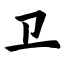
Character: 卫